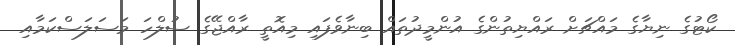
ކޯޓުގެ ނިޔާގެ މައްޗަށް ރައްޔިތުންގެ އުންމީދުތައް ބިނާވެފައި މިއޮތީ ރާއްޖޭގެ ސުލްހަ މަސަލަސްކަމާއި